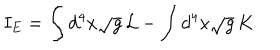
I _ { E } = \int d ^ { 4 } x \sqrt { g } \, { \cal { L } } - \int d ^ { 4 } x \sqrt { g } \, K